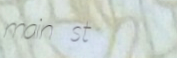
main st